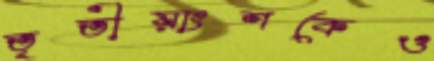
তৃতীয়াংশকেও